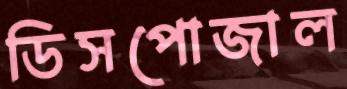
ডিসপোজাল